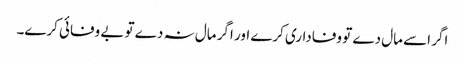
اگر اسے مال دے تو وفاداری کرے اور اگر مال نہ دے تو بے وفائی کرے۔